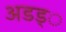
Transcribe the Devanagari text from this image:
अडड्े